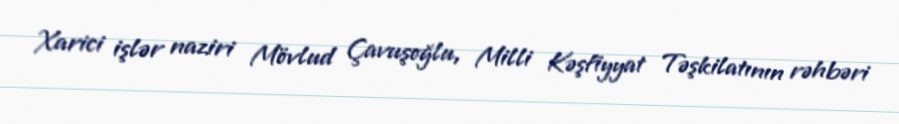
Xarici işlər naziri Mövlud Çavuşoğlu, Milli Kəşfiyyat Təşkilatının rəhbəri